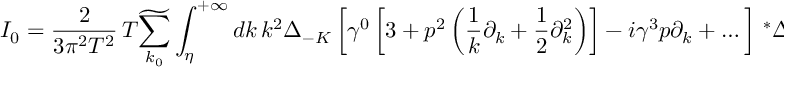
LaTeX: I _ { 0 } = \frac { 2 } { 3 \pi ^ { 2 } T ^ { 2 } } \, T \widetilde { \sum _ { k _ { 0 } } } \int _ { \eta } ^ { + \infty } d k \, k ^ { 2 } \Delta _ { - K } \left[ \gamma ^ { 0 } \left[ 3 + p ^ { 2 } \left( \frac { 1 } { k } \partial _ { k } + \frac { 1 } { 2 } \partial _ { k } ^ { 2 } \right) \right] - i \gamma ^ { 3 } p \partial _ { k } + \dots \right] \, ^ { \ast } \Delta _ { l } \left( q _ { 0 } , k \right) \, .